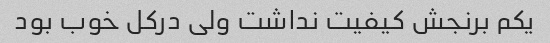
یکم برنجش کیفیت نداشت ولی درکل خوب بود